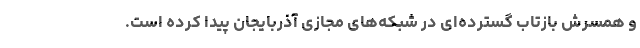
و همسرش بازتاب گسترده‌ای در شبکه‌های مجازی آذربایجان پیدا کرده است.